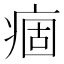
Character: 痼